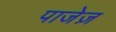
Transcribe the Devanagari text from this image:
पाजेज़